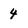
Character: 4